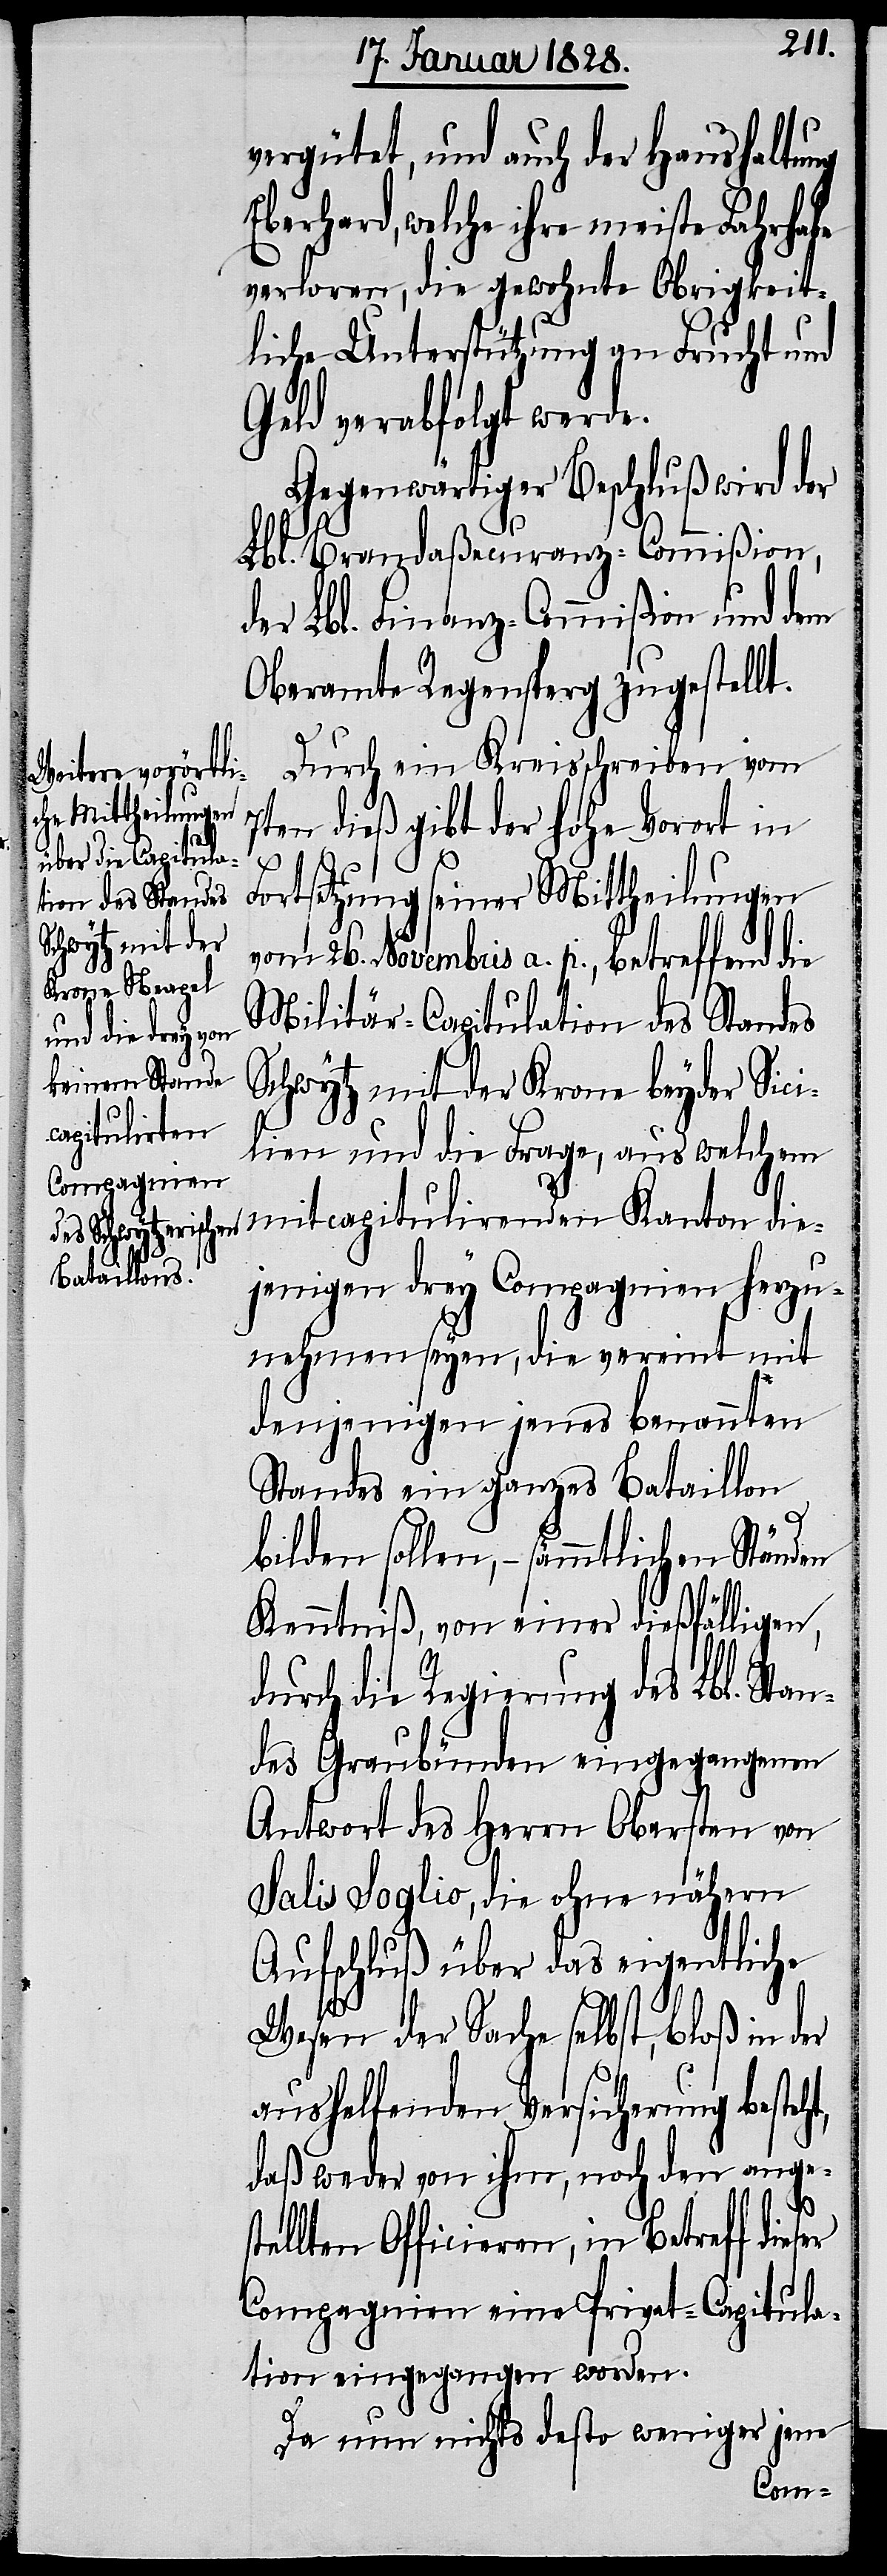
vergütet, und auch der Haushaltung
Eberhard, welche ihre meiste Fahrhabe
verloren, die gewohnte Obrigkeit¬
liche Unterstützung an Frucht und
Geld verabfolgt werde.
Gegenwärtiger Beschluß wird der
Lbl. Brandaßecuranz-Commißion,
der Lbl. Finanz-Commißion und dem
Oberamte Regensperg zugestellt.
Durch ein Kreisschreiben vom
Kanton die¬
7ten dieß gibt der hohe Vorort in
ser
Fortsetzung seiner Mittheilungen
vom 26. Novembris a. p., betreffend die
Militär-Capitulation des Standes
Schwytz mit der Krone beyder Sici¬
capituliren¬
lien und die Frage, aus welchem
jenigen drey Compagnien herzu¬
nehmen seyen, die vereint mit
denjenigen jenes benannten
Standes ein ganzes Bataillon
bilden sollen, – sämmtlichen Ständen
Kenntniß, von einer dießfälligen,
durch die Regierung des Lbl. Stan¬
des Graubünden eingegangenen
Antwort des Herrn Obersten von
Salis Soglio, die ohne nähern
Aufschluß über das eigentliche
Wesen der Sache selbst, bloß in der
aushelfenden Versicherung besteht,
daß weder von ihm noch den anges¬
tellten Officieren, in Betreff die¬
Compagnien eine Privat-Capitula¬
tion eingegangen worden.
Da nun nichts desto weniger jene